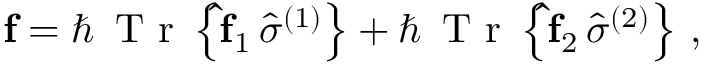
{ \bf f } = \hbar \, \mathrm { ~ T ~ r ~ } \left\{ { \bf { \hat { f } } } _ { 1 } \, { \hat { \sigma } } ^ { ( 1 ) } \right\} + \hbar \, \mathrm { ~ T ~ r ~ } \left\{ { \bf { \hat { f } } } _ { 2 } \, { \hat { \sigma } } ^ { ( 2 ) } \right\} \, ,